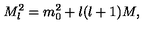
M _ { l } ^ { 2 } = m _ { 0 } ^ { 2 } + l ( l + 1 ) M ,